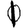
Digit: 1